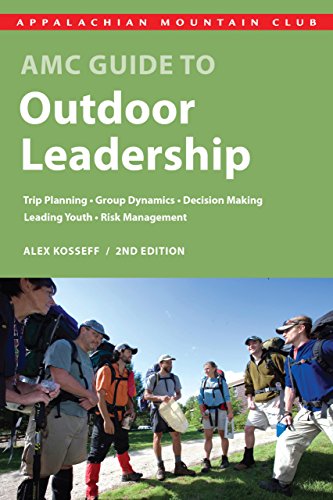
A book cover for AMC Guide to Outdoor Leadership: Trip Planning * Group Dynamics * Decision Making * Leading Youth * Risk Management; Alex Kosseff; Business & Money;